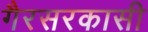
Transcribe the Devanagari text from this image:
गैरसरकासी